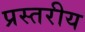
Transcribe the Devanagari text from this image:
प्रस्तरीय